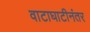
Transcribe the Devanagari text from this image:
वाटाघाटीनंतर